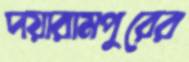
দয়ারামপুরের